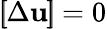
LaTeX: \left[\! \! \left[\Delta\mathbf{u}\right]\! \! \right]=0